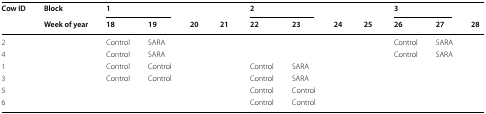
| <ROWSPAN=2> Cow ID | Block | <COLSPAN=2> 1 |  |  | <COLSPAN=2> 2 |  |  | <COLSPAN=2> 3 |  |
 | Week of year | 18 | 19 | 20 | 21 | 22 | 23 | 24 | 25 | 26 | 27 | 28 |
 | --- | --- | --- | --- | --- | --- | --- | --- | --- | --- | --- | --- | --- |
 | 2 |  | Control | SARA |  |  |  |  |  |  | Control | SARA |  |
 | 4 |  | Control | SARA |  |  |  |  |  |  | Control | SARA |  |
 | 1 |  | Control | Control |  |  | Control | SARA |  |  |  |  |  |
 | 3 |  | Control | Control |  |  | Control | SARA |  |  |  |  |  |
 | 5 |  |  |  |  |  | Control | Control |  |  |  |  |  |
 | 6 |  |  |  |  |  | Control | Control |  |  |  |  |  |